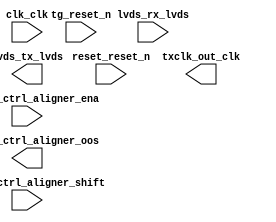

module CycloneV_System (
	aligner_ctrl_aligner_ena,
	aligner_ctrl_aligner_shift,
	aligner_ctrl_aligner_oos,
	clk_clk,
	lvds_rx_lvds,
	lvds_tx_lvds,
	reset_reset_n,
	tg_reset_n,
	txclk_out_clk);	

	input		aligner_ctrl_aligner_ena;
	input		aligner_ctrl_aligner_shift;
	output		aligner_ctrl_aligner_oos;
	input		clk_clk;
	input	[1:0]	lvds_rx_lvds;
	output	[1:0]	lvds_tx_lvds;
	input		reset_reset_n;
	input		tg_reset_n;
	output		txclk_out_clk;
endmodule